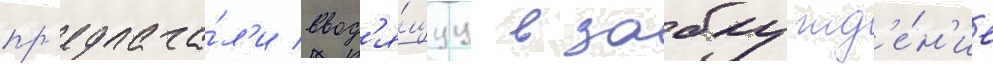
пр'едлага́л'и ввод'я́щуу в заблужд'е́н'ие